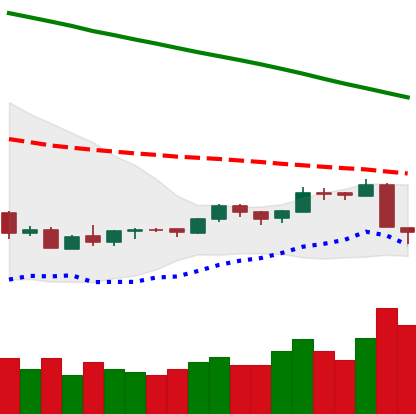
Ticker: LTC-USD
Chart end date: 2018-09-06
Forward return: -8.905%
Label: down_7plus